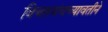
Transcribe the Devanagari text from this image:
विचारमंचच्यावतीने